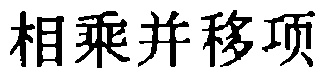
相乘并移项